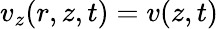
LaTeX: v_{z}(r,z,t)=v(z,t)